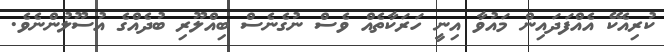
ކުރިއެކޭ އެއްފަދައިން މައުވާ އިނީ ހަރަކާތެއް ވެސް ނުގެނެސް ބިއްލޫރި ބުދެއްގެ އުސޫލުންނެވެ.